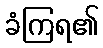
ခံကြရ၏